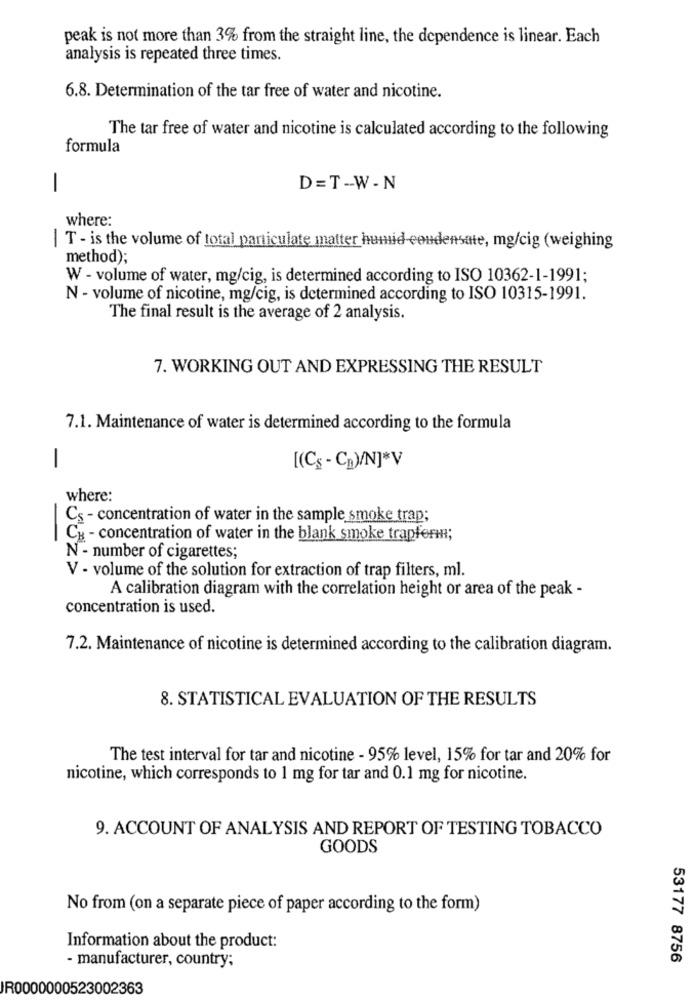
peak is not more than 3% from the straight line, the dependence is linear. Each
analysis is repeated three times.
6.8. Determination of the tar free of water and nicotine.
The tar free of water and nicotine is calculated according to the following
formula
-
D=T-W-N
where:
| T - is the volume of total particulate matter humid condensate, mg/cig (weighing
method);
W - volume of water, mg/cig, is determined according to ISO 10362-1-1991;
N - volume of nicotine, mg/cig, is determined according to ISO 10315-1991.
The final result is the average of 2 analysis.
7. WORKING OUT AND EXPRESSING THE RESULT
7.1. Maintenance of water is determined according to the formula
[(Cs - CB)/N]*V
-
where:
Cs - concentration of water in the sample smoke trap;
-
CH - concentration of water in the blank smoke trapferm;
N - number of cigarettes;
V - volume of the solution for extraction of trap filters, ml.
A calibration diagram with the correlation height or area of the peak -
concentration is used.
7.2. Maintenance of nicotine is determined according to the calibration diagram.
8. STATISTICAL EVALUATION OF THE RESULTS
The test interval for tar and nicotine - 95% level, 15% for tar and 20% for
nicotine, which corresponds to 1 mg for tar and 0.1 mg for nicotine.
9. ACCOUNT OF ANALYSIS AND REPORT OF TESTING TOBACCO
GOODS
No from (on a separate piece of paper according to the form)
Information about the product:
- manufacturer, country;
53177 8756
IR0000000523002363